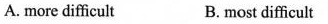
A. more difficult B.most difficult